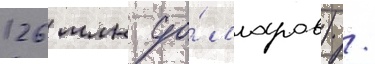
126 млн до́лларов) /